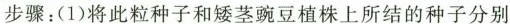
步骤：(1)将此粒种子和矮茎豌豆植株上所结的种子分别